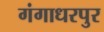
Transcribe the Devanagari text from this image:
गंगाधरपुर